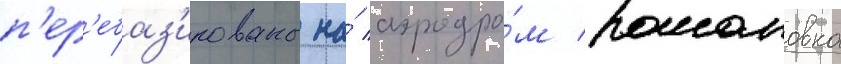
п'ер'ебаз'ированы на́ аэродро́м романовка